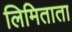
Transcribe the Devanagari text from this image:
लिमिताता